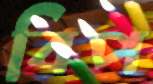
বিপ